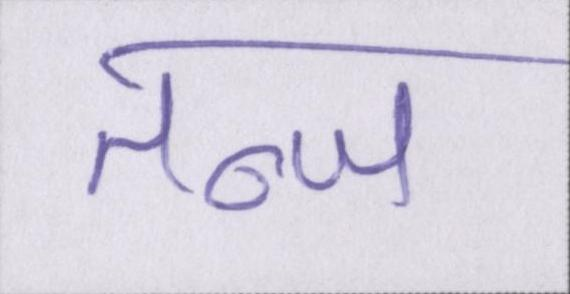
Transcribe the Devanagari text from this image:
तन्ज